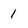
Character: l